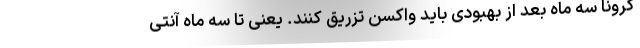
کرونا سه ماه بعد از بهبودی باید واکسن تزریق کنند. یعنی تا سه ماه آنتی